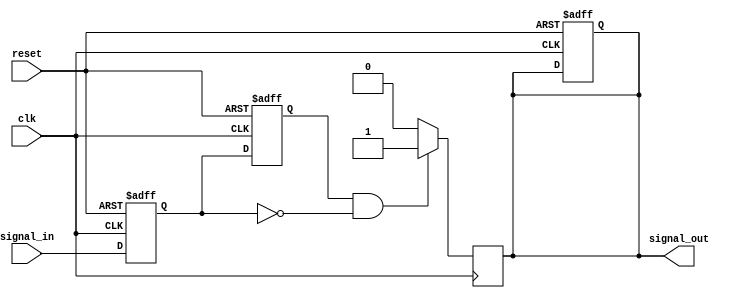
module negative_edge_detector (
    input wire clk,          // Clock signal
    input wire reset,        // Asynchronous reset
    input wire signal_in,    // Input signal to be monitored
    output reg signal_out     // Output pulse for negative edge detection
);

    reg prev_state;          // Register to hold previous state of signal_in
    reg current_state;       // Register to hold current state of signal_in

    // Sequential logic to store previous and current states
    always @(posedge clk or posedge reset) begin
        if (reset) begin
            prev_state <= 1'b0;  // Initialize previous state to 0 on reset
            current_state <= 1'b0; // Initialize current state to 0 on reset
            signal_out <= 1'b0;   // Initialize output to 0 on reset
        end else begin
            prev_state <= current_state; // Update previous state
            current_state <= signal_in;   // Sample current state
        end
    end

    // Combinational logic for negative edge detection
    always @(posedge clk) begin
        // Detect falling edge
        if (prev_state == 1'b1 && current_state == 1'b0) begin
            signal_out <= 1'b1; // Set output high for one clock cycle
        end else begin
            signal_out <= 1'b0; // Clear output otherwise
        end
    end

endmodule